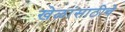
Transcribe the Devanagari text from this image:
खेळांसाठीचे